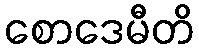
စောဒေမီတိ